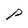
Character: P